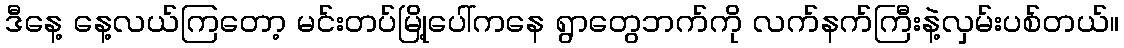
ဒီနေ့ နေ့လယ်ကြတော့ မင်းတပ်မြို့ပေါ်ကနေ ရွာတွေဘက်ကို လက်နက်ကြီးနဲ့လှမ်းပစ်တယ်။